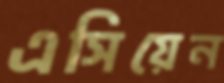
এসিয়েন